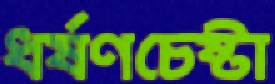
ধর্ষণচেষ্টা